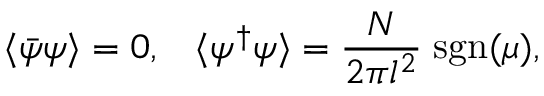
\langle \bar { \psi } \psi \rangle = 0 , \; \; \; \langle \psi ^ { \dagger } \psi \rangle = \frac { N } { 2 \pi l ^ { 2 } } \; \mathrm { s g n } ( \mu ) ,